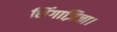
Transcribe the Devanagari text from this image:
शिंगाज़िजा।